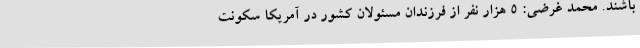
باشند. محمد غرضی: 5 هزار نفر از فرزندان مسئولان کشور در آمریکا سکونت